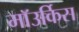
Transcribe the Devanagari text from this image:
माॅउर्किस